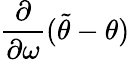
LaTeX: \frac{\partial}{\partial\omega}(\widetilde{\theta}-\theta)